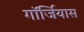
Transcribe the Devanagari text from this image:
गॉर्जियास